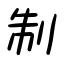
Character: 制